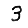
Digit: 3